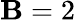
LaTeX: \mathbf{B}=2